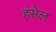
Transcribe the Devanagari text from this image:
हंसेल